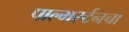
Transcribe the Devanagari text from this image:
पाल्मर्स्टनचा